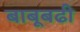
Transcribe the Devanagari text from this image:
बाबूबढी